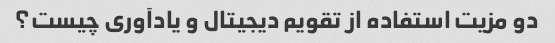
دو مزیت استفاده از تقویم دیجیتال و یادآوری چیست؟